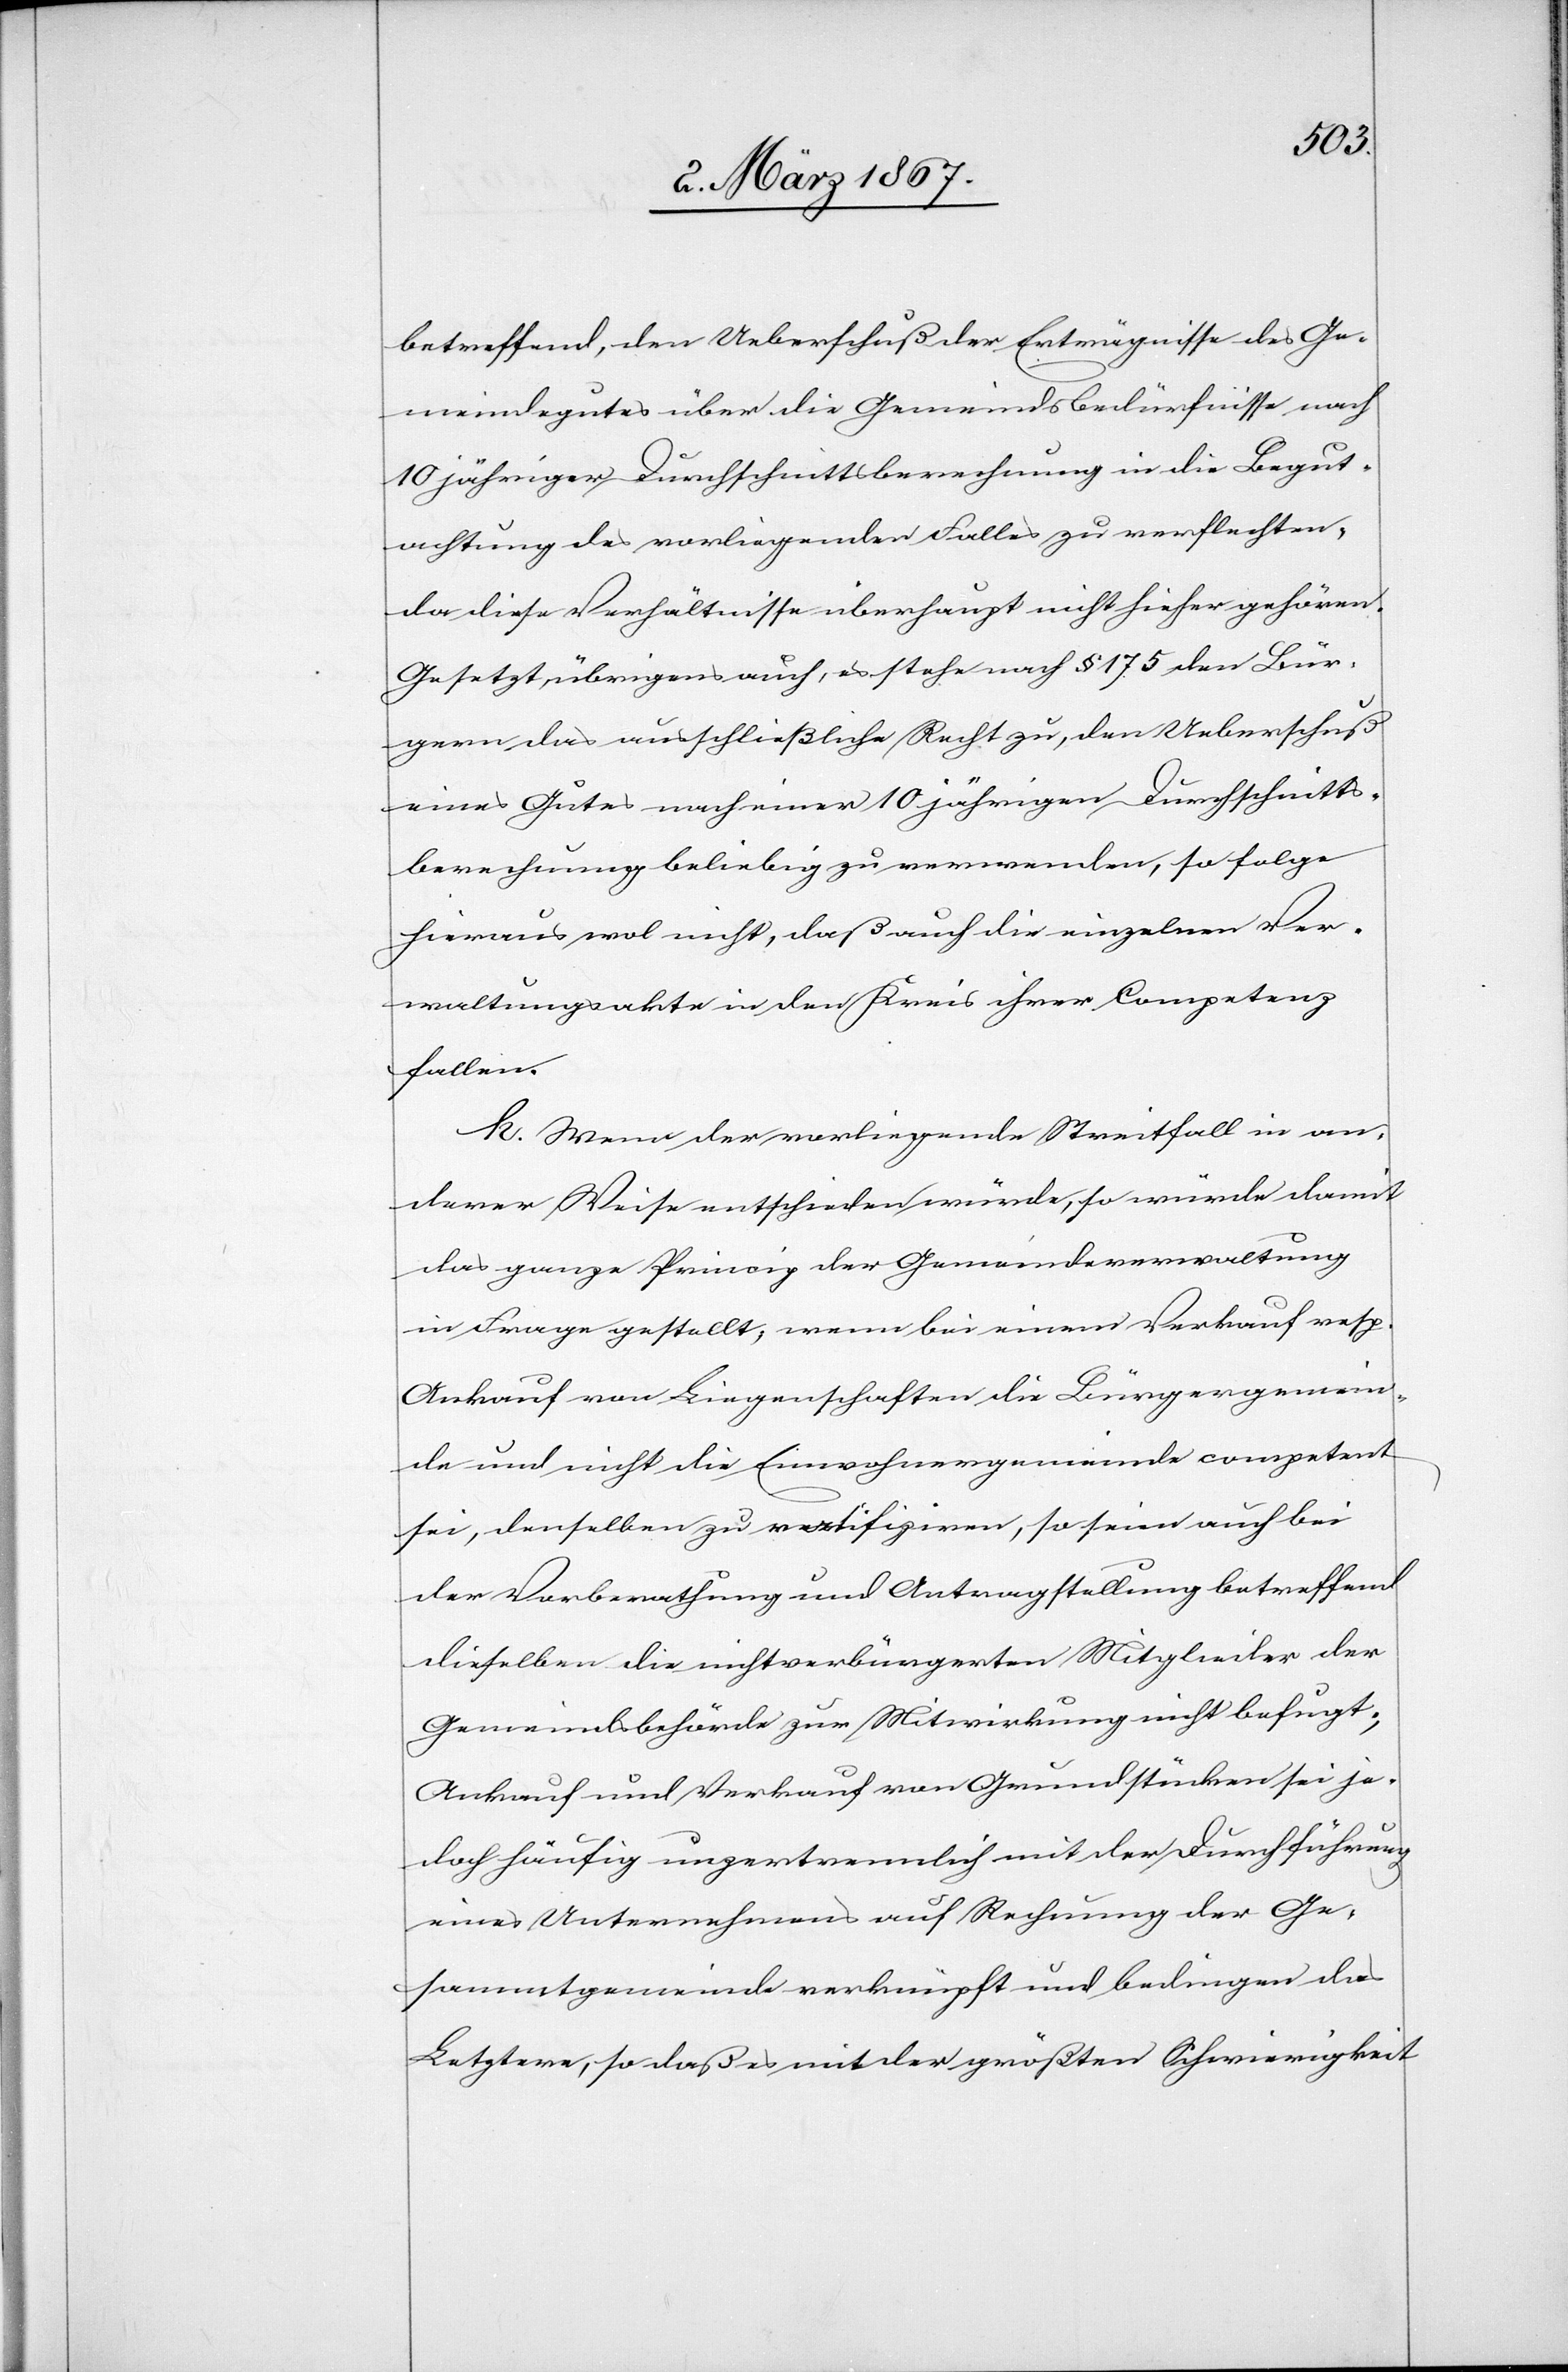
betreffend, den Ueberschuß der Erträgnisse des Ge¬
meindegutes über die Gemeindsbedürfnisse nach
10 jähriger Durchschnittsberechnung in die Begut¬
achtung des vorliegenden Falles zu verflechten,
da diese Verhältnisse überhaupt nicht hieher gehören.
Gesetzt, übrigens auch, es stehe nach § 175 den Bür¬
gern das ausschließliche Recht zu, den Ueberschuß
eines Gutes nach einer 10 jährigen Durchschnitts¬
berechnung beliebig zu verwenden, so folge
hieraus wol nicht, daß auch die einzelnen Ver¬
waltungsakte in den Kreis ihrer Competenz
fallen.
h. Wenn der vorliegende Streitfall in an¬
derer Weise entschieden würde, so würde damit
das ganze Princip der Gemeindeverwaltung
in Frage gestellt, wenn bei einem Verkauf resp.
Ankauf von Liegenschaften die Bürgergemein¬
de und nicht die Einwohnergemeinde competent
sei, denselben zu ratifiziren, so seien auch bei
der Vorberathung und Antragstellung betreffend
dieselben die nichtverbürgerten Mitglieder der
Gemeindsbehörde zur Mitwirkung nicht befugt;
Ankauf und Verkauf von Grundstücken sei je¬
doch häufig unzertrennlich mit der Durchführung
eines Unternehmens auf Rechnung der Ge¬
sammtgemeinde verknüpft und bedingen das
Letztere, so daß es mit der größten Schwierigkeit